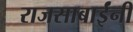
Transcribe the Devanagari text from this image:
राजसाबाईंनी